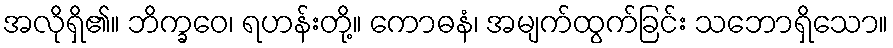
အလိုရှိ၏။ ဘိက္ခဝေ၊ ရဟန်းတို့။ ကောဓနံ၊ အမျက်ထွက်ခြင်း သဘောရှိသော။